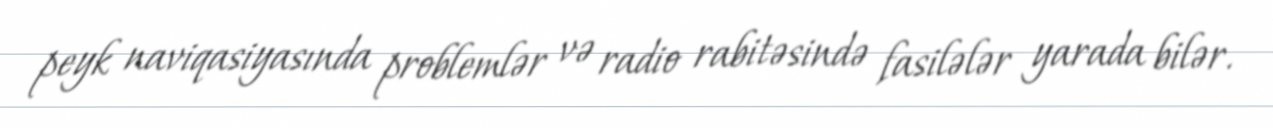
peyk naviqasiyasında problemlər və radio rabitəsində fasilələr yarada bilər.